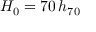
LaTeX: H _ { 0 } = 7 0 \, h _ { 7 0 }